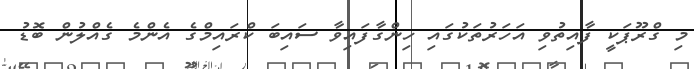
މި ގްރޫޕަކީ ފާއިތުވި އަހަރުތަކުގައި ހިންގާފައިވާ ސައިބަ ކްރައިމްގެ އެންމެ ގެއްލުން ބޮޑު